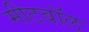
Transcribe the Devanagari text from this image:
मीटबॉल